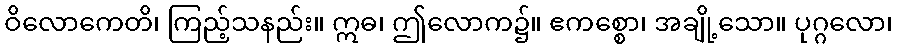
ဝိလောကေတိ၊ ကြည့်သနည်း။ ဣဓ၊ ဤလောက၌။ ဧကစ္စော၊ အချို့သော။ ပုဂ္ဂလော၊